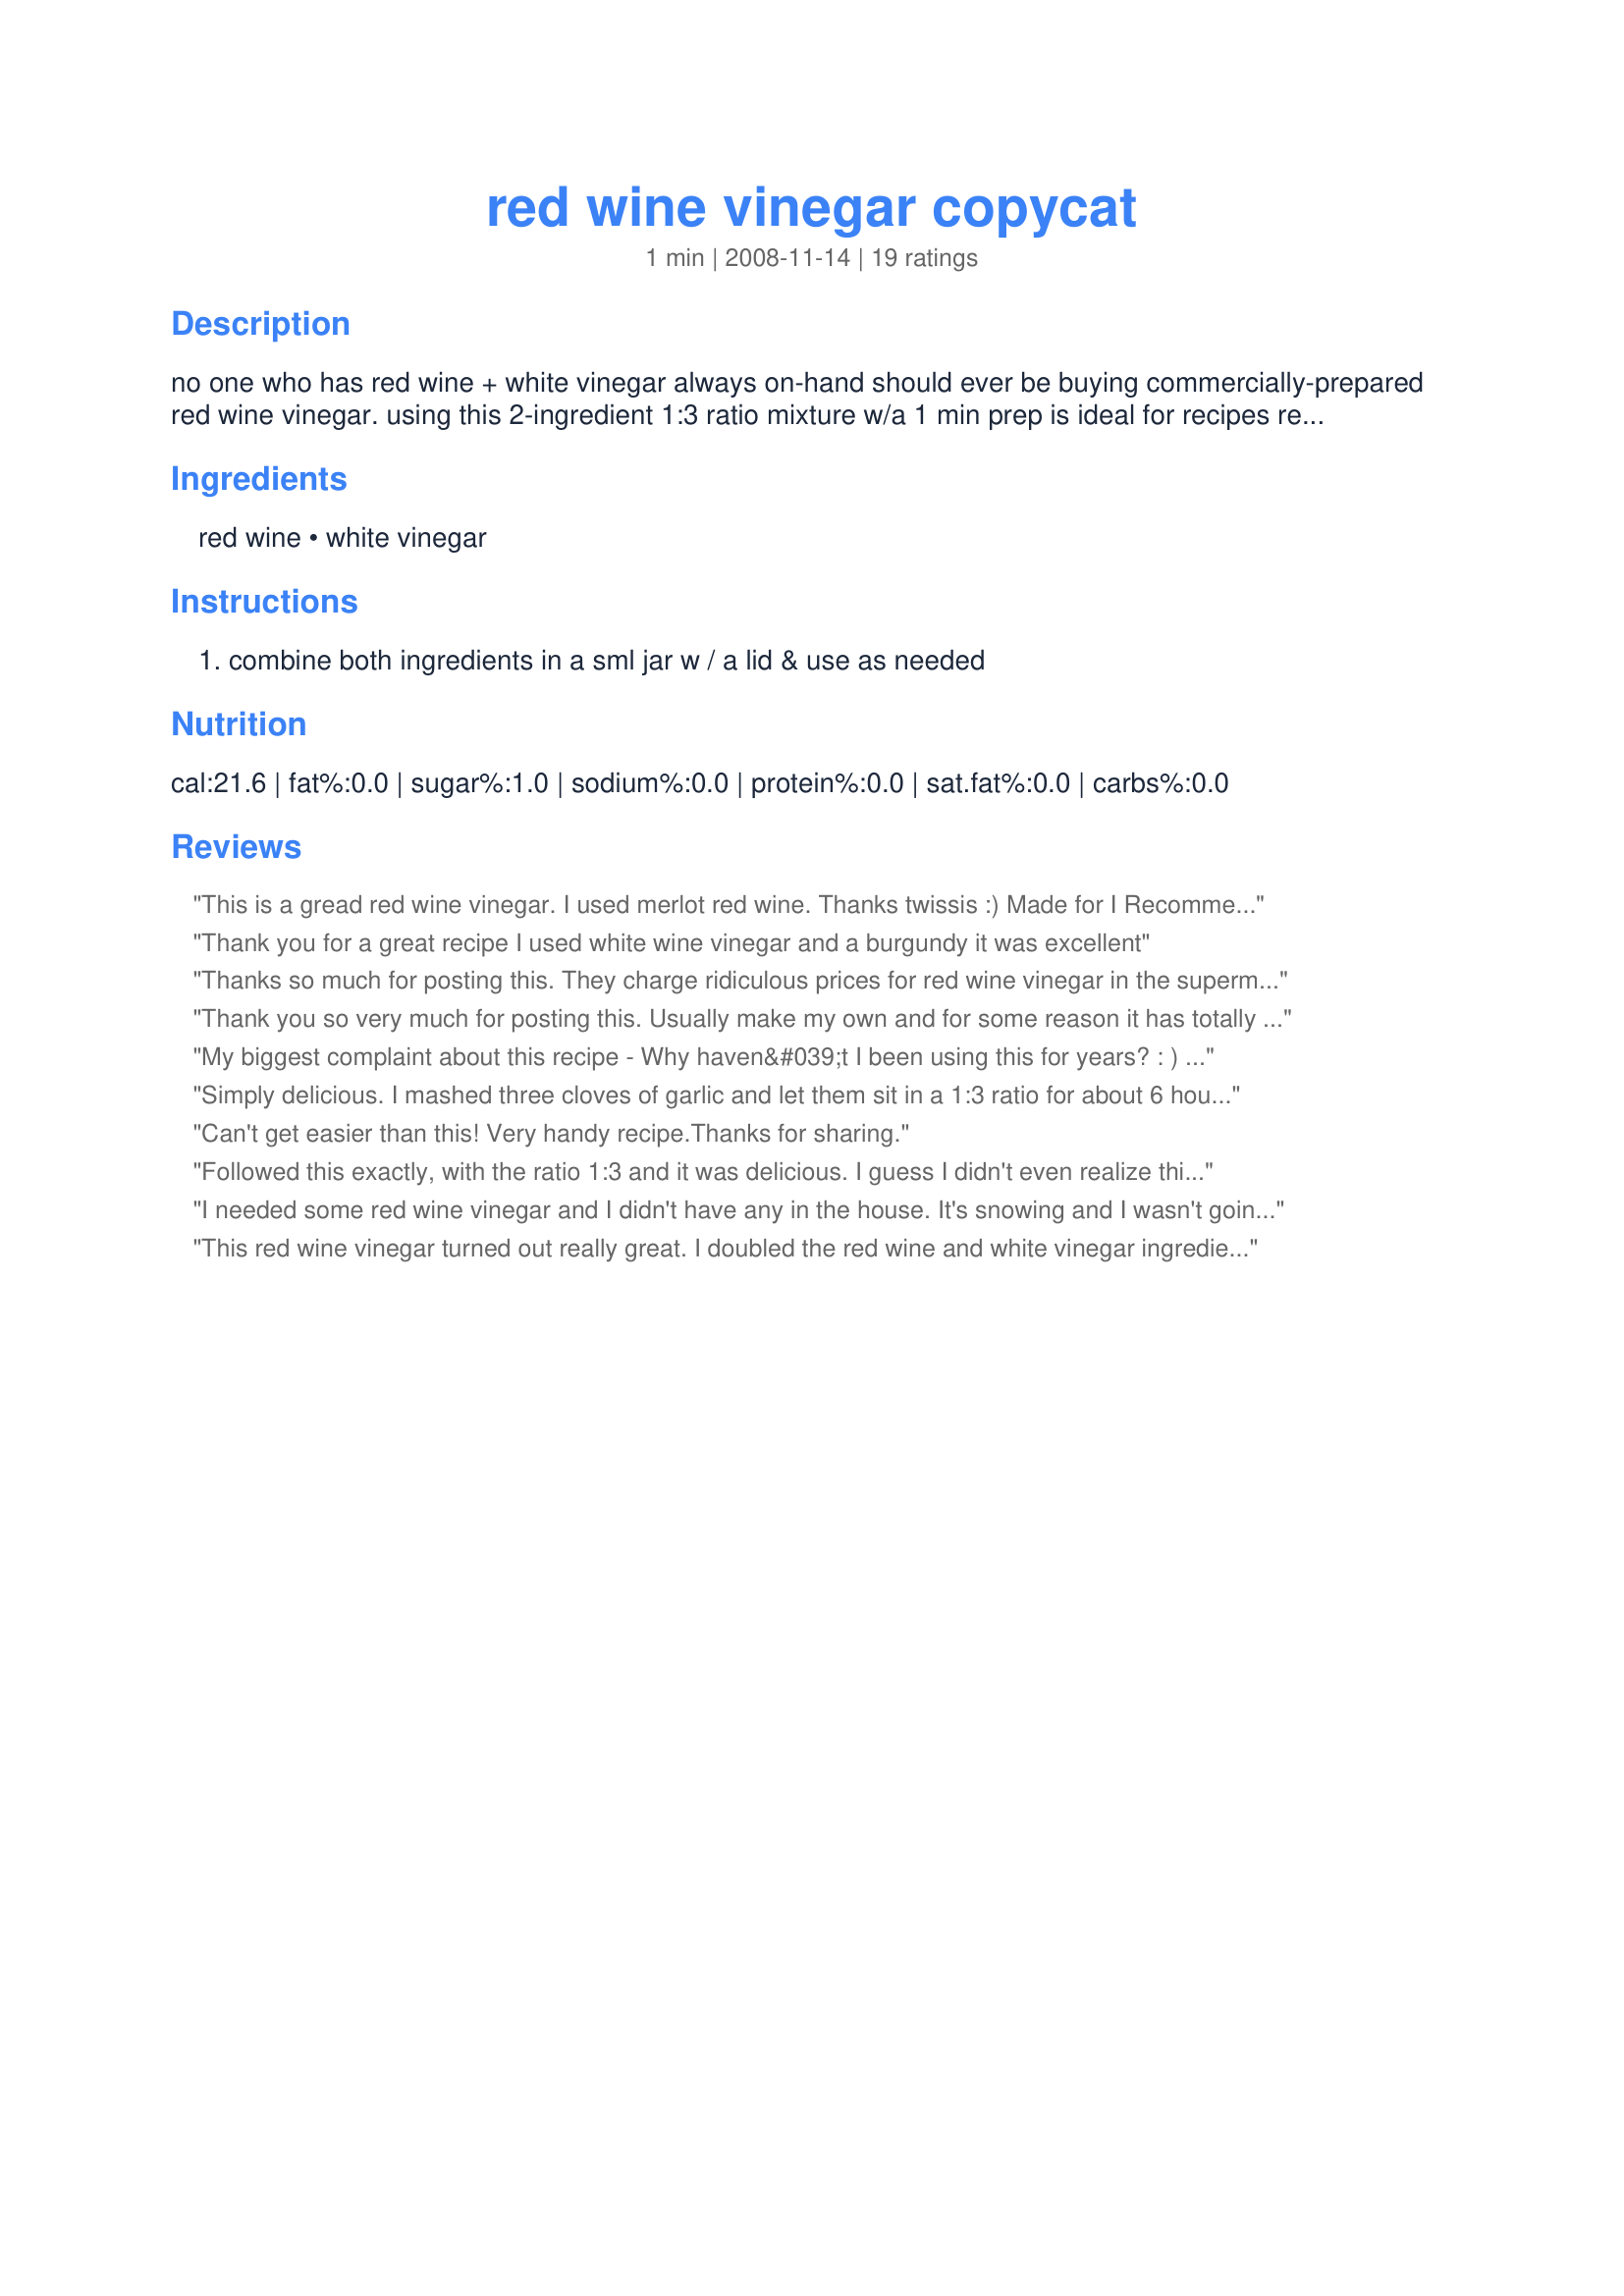
red wine vinegar copycat
Preparation time: 1 minutes

no one who has red wine + white vinegar always on-hand should ever be buying commercially-prepared red wine vinegar. using this 2-ingredient 1:3 ratio mixture w/a 1 min prep is ideal for recipes requiring red wine vinegar & can easily be doubled or tripled to get a larger volume than 1/4 cup as desired. it can also be infused w/garlic or other herbs as desired. i use this a lot & just today discovered to my surprise that this easy-fix copycat was not in the zaar data base. *enjoy* !

Ingredients:
red wine, white vinegar

Steps:
combine both ingredients in a sml jar w / a lid & use as needed

Reviews:
This is a gread red wine vinegar. I used merlot red wine. Thanks twissis :) Made for I Recommend tag game
Thank you for a great recipe I used white wine vinegar and a burgundy it was excellent
Thanks so much for posting this. They charge ridiculous prices for red wine vinegar in the supermarkets. And this tastes 1000% better. You&#039;ve done a wonderful service to humanity! Bless you.
Thank you so very much for posting this. Usually make my own and for some reason it has totally slipped my brain on the ratio of wine/vinegar...keeping this in my cook book for 'future forgetfulness' ...;)
My biggest complaint about this recipe - Why haven&#039;t I been using this for years? : ) I ran out of red wine vinegar for a creamy garlic salad dressing that I was making. I remember years ago a coworker telling me that she makes her own red wine vinegar. I didn&#039;t pursue it then but I remembered today. This turned out great! And now that I know the ratio is 3 to 1, I can mix up as much as I need at any one time. The recipe says it makes 1 1/4 cups. But it should really say that it makes 1/4 cup of red wine vinegar. 1 tablespoon red wine + 3 Tablespoons vinegar = 4 tablespoons = 1/4 c.
Simply delicious. I mashed three cloves of garlic and let them sit in a 1:3 ratio for about 6 hours. Delicious! Next time, I&#039;ll experiment with different herbs!
Can't get easier than this! Very handy recipe.Thanks for sharing.
Followed this exactly, with the ratio 1:3 and it was delicious. I guess I didn't even realize this could be done, with a large amount of "processing" (factory) but I am glad that the home cook can make this simply delicious and not very time consuming vinegar. I have my second carafe going now, with some garlic cloves. Very tasty indeed, twissis! Thank you! Made for *I Recommend* January 2009
I needed some red wine vinegar and I didn't have any in the house. It's snowing and I wasn't going to run to the store. Came across this recipe and it worked perfectly. Made as a pressie for the Aus/NZ swap.
This red wine vinegar turned out really great. I doubled the red wine and white vinegar ingredients and infused the mixture with: (1) shallot clove, (1) garlic clove, and several sprigs each of rosemary, thyme, and marjarom. I left these in the vinegar mixture for 24 hours and then strained them out with a coffee filter. I then made a zesty Italian salad dressing with the infused vinegar and it was delicious!! Thank you for sharing this fabulous recipe...it is definitely a keeper!!
*Made for 2008 Football Pool*
It can't possibly be this easy, can it? It sure can! I wish I'd found this little gem a long time ago! Thanks for posting. Made for Football Pool week 14.
This was really good! Very simple and will use it often. Congrats on your football pool win!
Wow! Like many other reviewers I had no idea red wine vinegar was so easy to make. I will not be buying this stuff in the stores anymore! This was just too good when I used it in a salad vinaigrette dressing. I also noticed that I had a bottle of purchased red wine vinegar in the pantry with just about 1/4 cup left in it. I sat the two next to each other, dipped a little piece of bread in each to see how they compared straight across. This version was so much better than the purchased stuff - and the color was far more vibrant and intense as well. Thanks twissis for sharing this wonderful copycat. Congrats again on your Week 9 win in the Football Pool!
Simple but brilliant. Excellent description, too.
A great technique thanks Twissis! I usually make my own red wine vinegar by decanting all the dregs of red wine bottles into a special crock, the only problem is that there are not many dregs left in the bottles in this household! So, this was a good recipe to tag and try out. I used a nice everyday vin de pays red wine, and some white wine vinegar. No wine was wasted or abused in the making of this red wine vinegar, and I have saved this for the future - thanks very much! Made for Holiday Tag - merci encore ma leeetle Iclandic sister! FT:-)
Wow, twissis, I sure wish I had found this recipe earlier (or even thought to look for it :-( ) Simple and easy, this will most certainly save me a trip the the store! Perfect! I will keep this recipe close at hand, for future recipes! Thanks so much for sharing!
Can I double or triple this and save it for a while? Most recipes call for a mother
I will never buy red wine vinegar from the store again! I had no idea making red wine vinegar could be as simple as combining red wine and, go figure, vinegar! I used some of this and combined it with a little olive oil, salt & pepper to top my green salad. YUM! I made a larger batch and have it stored for future use. twissis, thank you for posting this little gem!
I never remember to buy wine vinegar so when I saw this I got very excited. This is clearly a 5 star recipe. Thanks for sharing. Made for Football Pool 2010.
